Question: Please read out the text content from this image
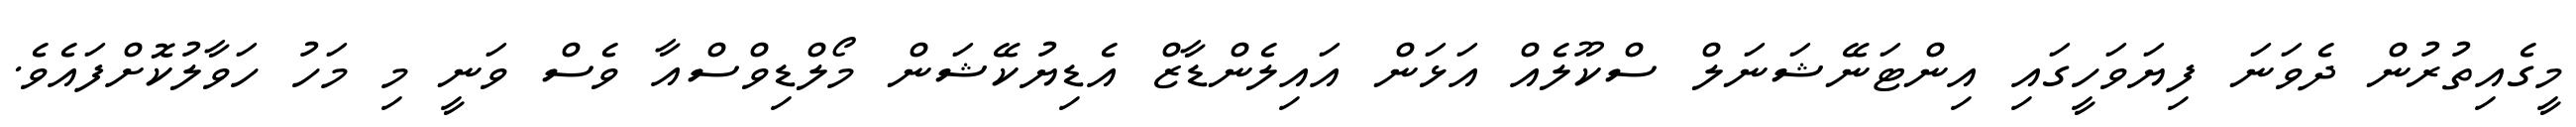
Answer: މީގެއިތުރުން ދެވަނަ ފިޔަވަހީގައި އިންޓަނޭޝަނަލް ސްކޫލެއް އަޅަން އައިލެންޑާޒް އެޑިޔުކޭޝަން މޯލްޑިވްސްއާ ވެސް ވަނީ މި މަހު ހަވާލުކޮށްފައެވެ.